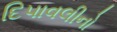
દિપાવલીનો